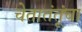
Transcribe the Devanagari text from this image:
चेतातंतूंचा